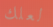
لعلك